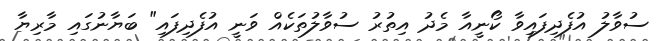
ސުވާލު އުފެދިފައިވާ ކޯނީއާ މެދު އިތުރު ސުވާލުތަކެއް ވަނީ އުފެދިފައި" ބަޔާނުގައި މާރިޔާ